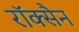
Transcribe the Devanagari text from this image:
रॉक्सैन